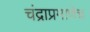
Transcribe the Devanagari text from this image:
चंद्राप्रमाणेच